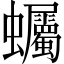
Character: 蠾